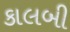
કાલબી